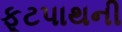
ફૂટપાથની